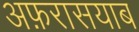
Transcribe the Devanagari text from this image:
अफ़रासयाब